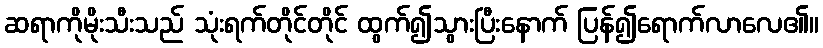
ဆရာကိုမိုးသီးသည် သုံးရက်တိုင်တိုင် ထွက်၍သွားပြီးနောက် ပြန်၍ရောက်လာလေ၏။